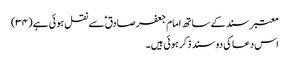
معتبر سند کے ساتھ امام جعفر صادق ؑ سے نقل ہو ئی ہے (۳۴)
اس دعا کی دو سند ذکر ہوئی ہیں ۔